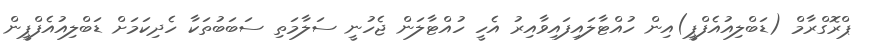
ޕްރޮގްރާމް (ޑަބްލިއުއެފްޕީ)އިން ހުއްޓާލައިފައިވާއިރު އެހީ ހުއްޓާލަން ޖެހުނީ ސަލާމަތި ސަބަބުތަކާ ހެދިކަމަށް ޑަބްލިއުއެފްޕީން